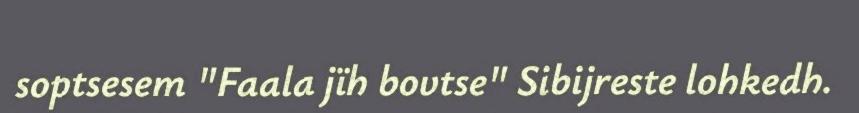
soptsesem "Faala jïh bovtse" Sibijreste lohkedh.